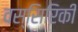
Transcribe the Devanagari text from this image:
वस्सिरिकी